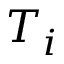
T _ { i }